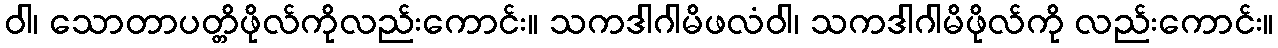
ဝါ၊ သောတာပတ္တိဖိုလ်ကိုလည်းကောင်း။ သကဒါဂါမိဖလံဝါ၊ သကဒါဂါမိဖိုလ်ကို လည်းကောင်း။